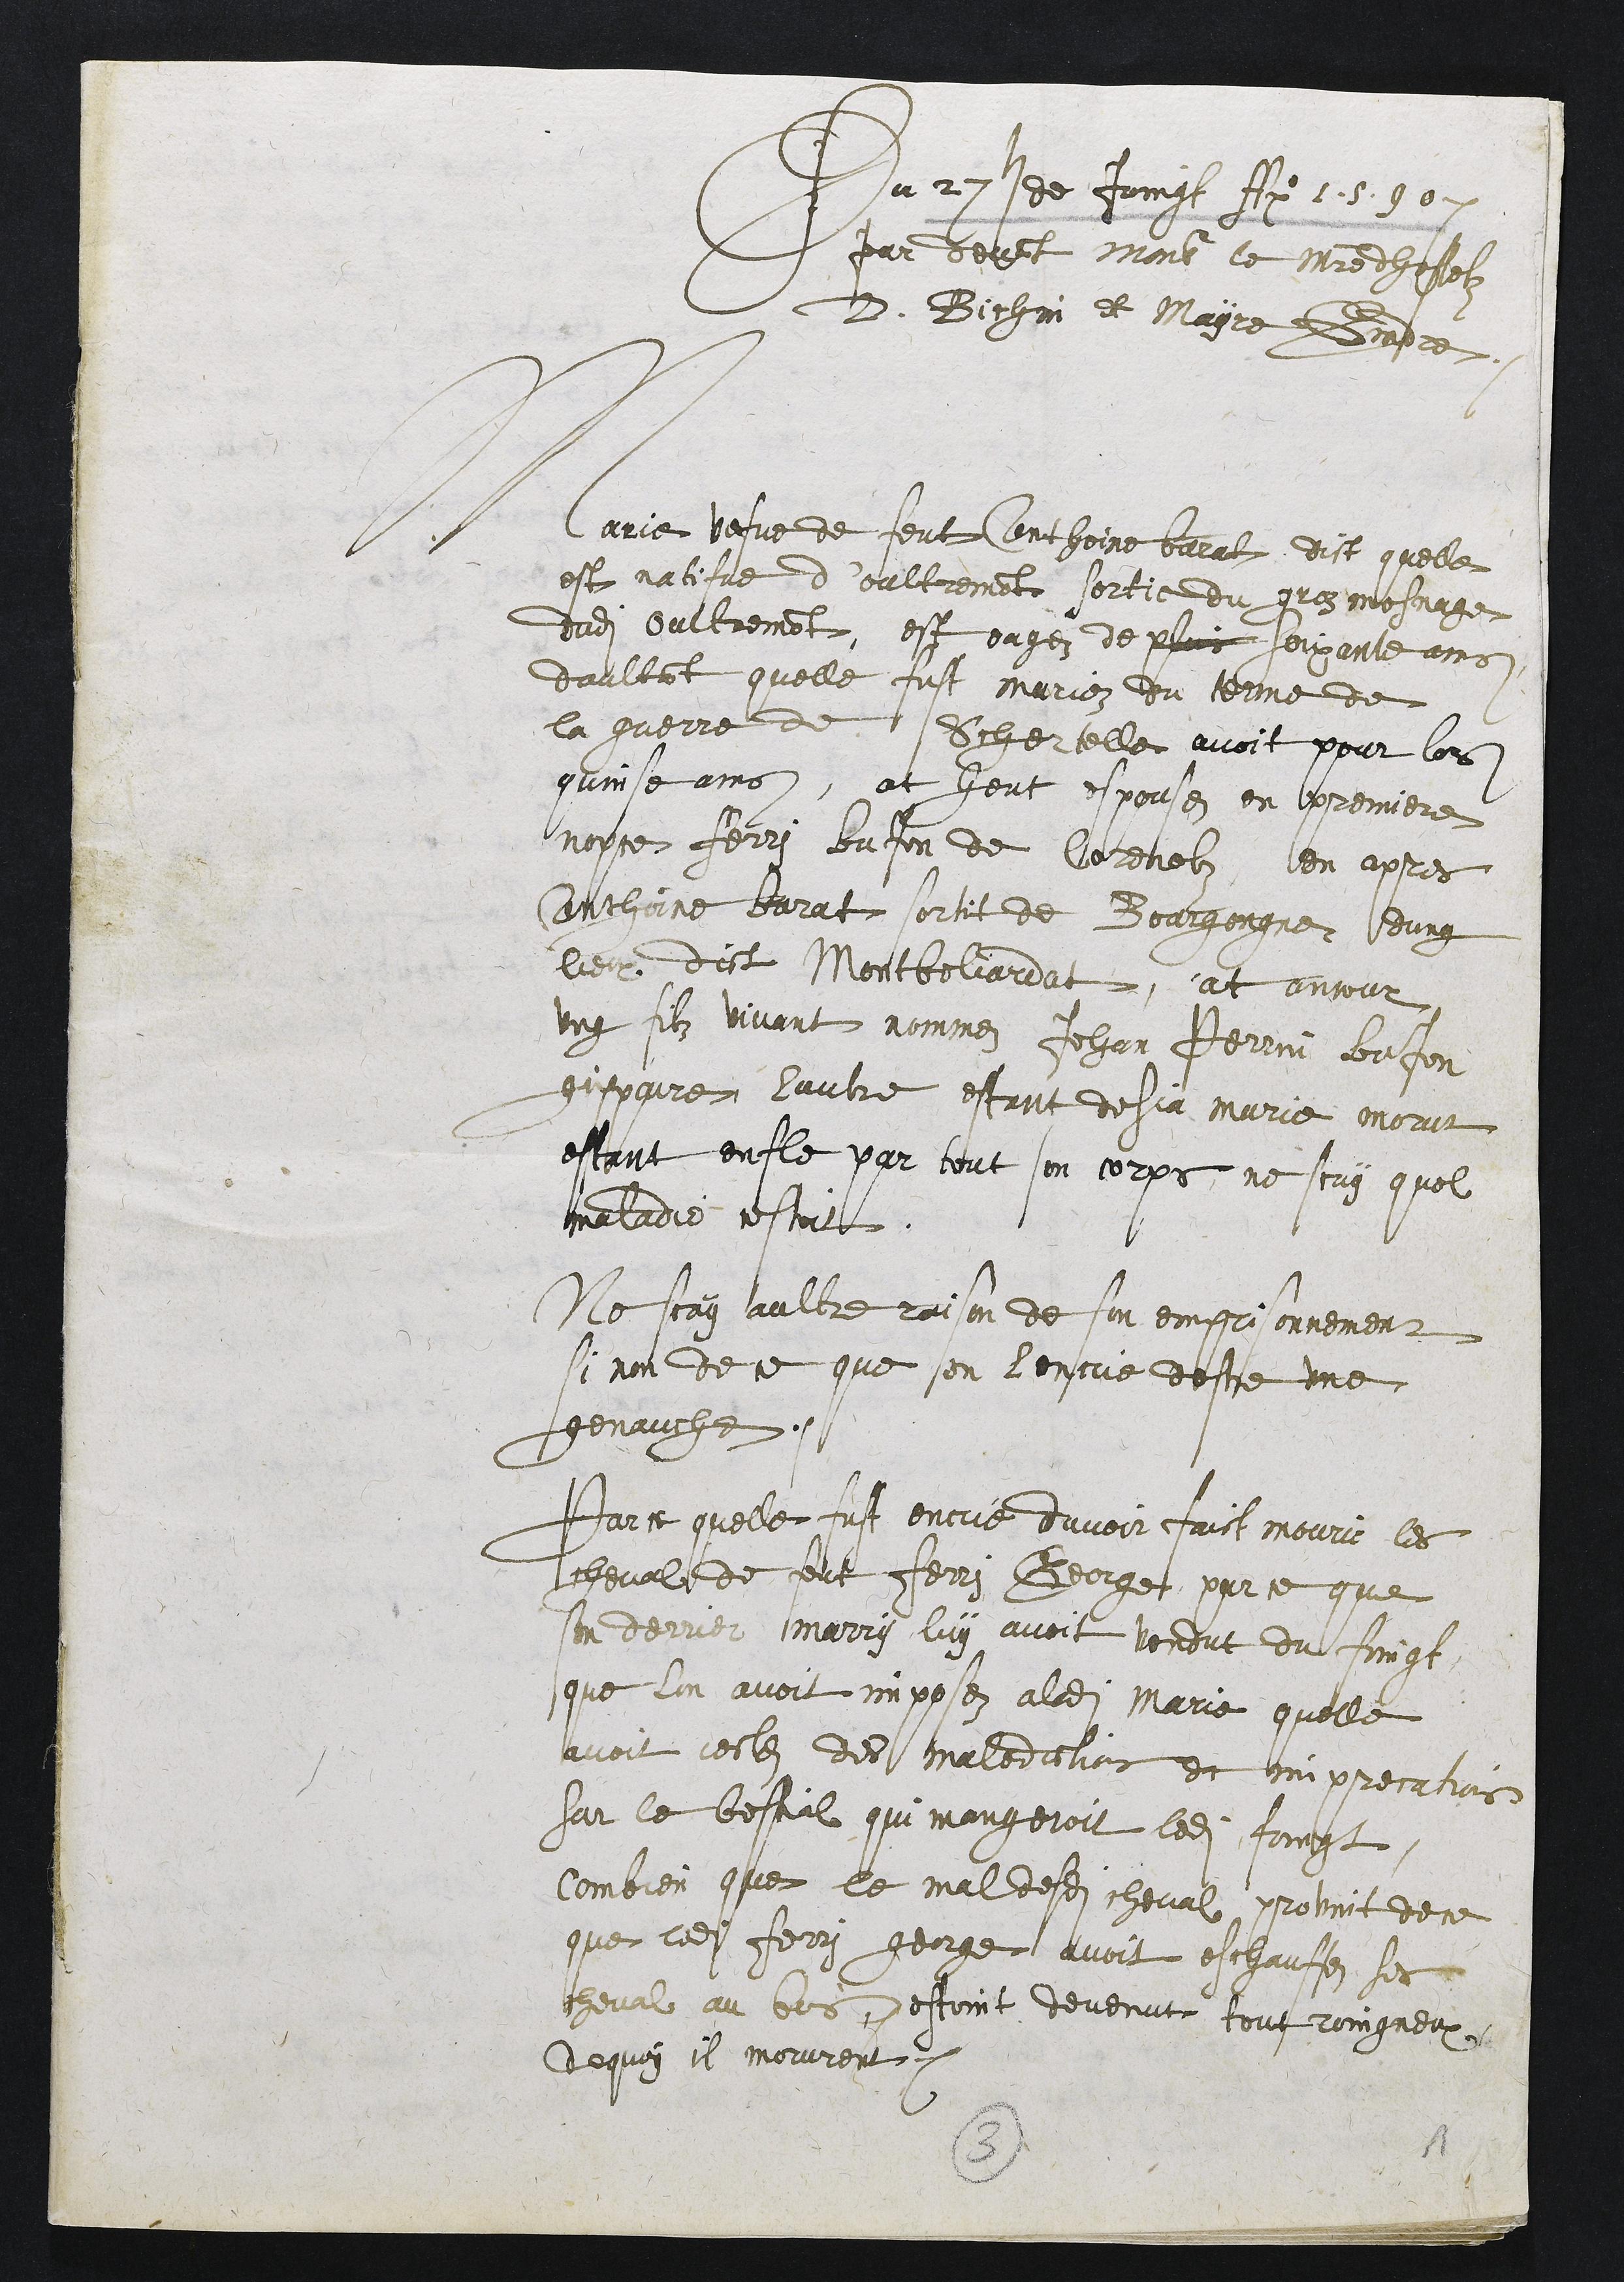
Du 27sde Joigt A 15507
par devant Monsiur le maitre dhoselz
D. Bichin et Mayre Gendre
Marie vefve de feut Conthoine beval dit quelle
est natifue doultrement sortie du groz mesnage
dudit Oultrement, est eagez de pluis soixante ans
daultant quelle fust marioz du terme de
la guerre de Schertelle avoit pour los
quinse ains, at heut espousez en ppremiere
nopce Ferri bufon de Corenelz en apres
Cnthnne barat sortit de Bourgongne dung
lieu dict Montbeliardat, at encour
ung filz vivant nommez Jehan Perrin bafon
gispaire lautre estant desja marie morut
estant entle par tout son corps, ne scay quel
maladie cestoit
Ne scay aultre raison de son emprionnement
si non de ce que sen lentue deste une
genauche.
Parce quelle fust encre duvoir faict mouri les
cheval de feut Ferry George, par ce que
son dervier marry luy avoit vendut du fingt,
que lon avoit imposez aladite Marie quelle
avoit cectez des malediclios et imprecatiois
sur le bestial qui mangeroit ledit foingt,
Combien que le mal desdits cheval provit de ce
que ledit Ferry george avoit eschauffez ses
cheval au bos destoint devenut tout roingneux
de quoy il morurent.